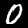
Digit: 0